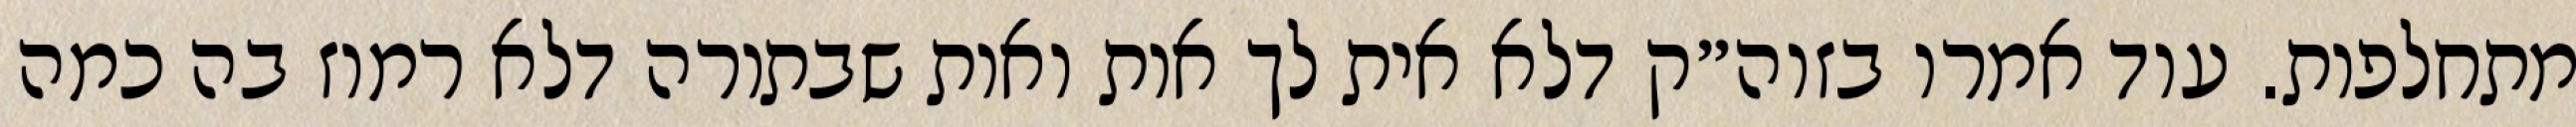
מתחלפות. עוד אמרו בזוה״ק דלא אית לך אות ואות שבתורה דלא רמוז בה כמה